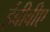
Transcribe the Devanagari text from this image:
ईबीबीए